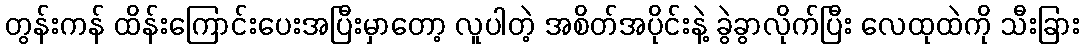
တွန်းကန် ထိန်းကြောင်းပေးအပြီးမှာတော့ လူပါတဲ့ အစိတ်အပိုင်းနဲ့ ခွဲခွာလိုက်ပြီး လေထုထဲကို သီးခြား